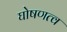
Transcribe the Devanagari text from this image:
घोषणत्व